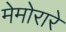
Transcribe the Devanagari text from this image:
मेमोरारे